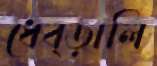
ধেব্‌ড়ালি